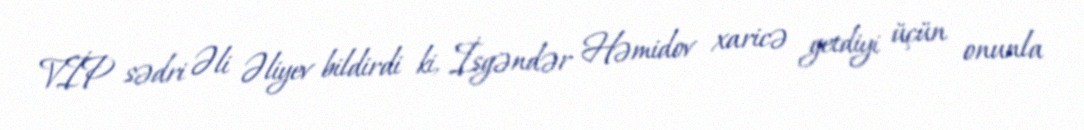
VİP sədri Əli Əliyev bildirdi ki, İsgəndər Həmidov xaricə getdiyi üçün onunla